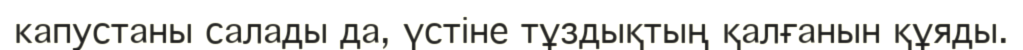
капустаны салады да, үстіне тұздықтың қалғанын құяды.